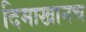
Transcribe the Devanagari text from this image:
दिमाखानच